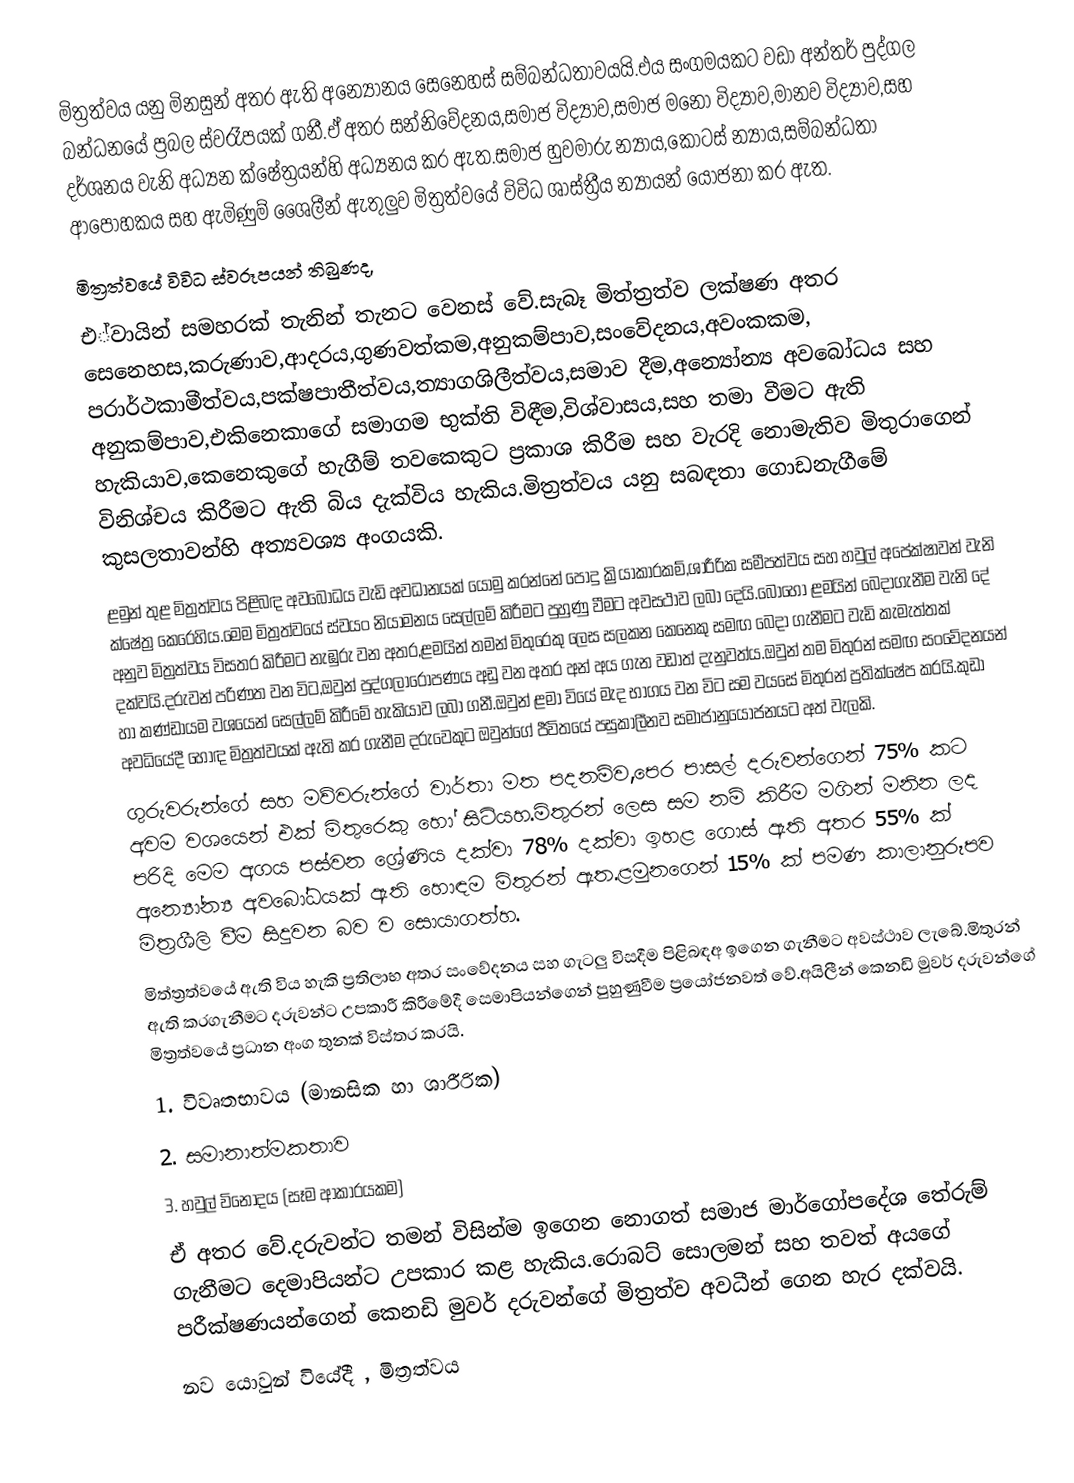
මිත්‍රත්වය යනු මිනසුන් අතර ඇති අන්‍යෝනය ‍සෙනෙහස්  සම්බන්ධතාවයයි.එය සංගමයකට වඩා අන්තර් පුද්ගල බන්ධන‍යේ ප්‍රබල ස්වරෑපයක් ගනී.ඒ අතර සන්නිවේදනය,සමාජ විද්‍යාව,සමාජ මනෝ විද්‍යාව,මානව විද්‍යාව,සහ දර්ශනය වැනි අධ්‍යන ක්ෂේත්‍රයන්හි අධ්‍යනය කර ඇත.සමාජ හුවමාරු න්‍යාය,කොටස් න්‍යාය,සම්බන්ධතා ආපෝහකය සහ ඇමිණුම් ‍ශෛලීන් ඇතුලුව මිත්‍රත්වයේ විවිධ ශාස්ත්‍රීය න්‍යායන් යෝජනා කර ඇත.
මිත්‍රත්වයේ විවිධ ස්වරූපයන් තිබුණද,
එ්වා‍යින් සමහරක් තැනින් තැනට වෙනස් වේ.සැබෑ මිත්ත්‍රත්ව ලක්ෂණ අතර සෙනෙහස,කරුණාව,ආදරය,ගුණවත්කම,අනුකම්පාව,සංවේදනය,අවංකකම, පරාර්ථකාමීත්වය,පක්ෂපාතීත්වය,ත්‍යාගශිලීත්වය,සමාව දීම,අන්‍යෝන්‍ය අව‍බෝධය සහ අනුකම්පාව,එකිනෙකාගේ සමාගම භුක්ති විඳීම,විශ්වාසය,සහ තමා වීමට ඇති හැකියාව,කෙනෙකුගේ හැගීම් තවකෙකුට ප්‍රකාශ කිරීම සහ වැරදි නොමැතිව මිතුරා‍ගෙන් විනිශ්චය කිරීමට ඇති බිය දැක්විය හැකිය.මිත්‍රත්වය යනු සබඳතා ගොඩනැගීමේ කුසලතාවන්හි අත්‍යවශ්‍ය අංගයකි.
ළමුන් තුළ මිත්‍රත්වය පිළිබඳ අවබෝධය වැඩි අවධානයක් යොමු කරන්නේ පොදු ක්‍රියාකාරකම්,ශාරීරික සමීපත්වය සහ හවුල් අපේක්ෂාවන් වැනි ක්ෂේත්‍ර කෙරෙහිය.මෙම මිත්‍රත්වයේ ස්වයං නියාමනය සෙල්ලම් කිරීමට පුහුණු වීමට අවසථාව ලබා දෙයි.බොහෝ ළමයින් බෙදාගැනීම වැනි දේ අනුව මිත්‍රත්වය විසතර කිරීම‍ට නැඹුරු වන අතර,ළමයින් තමන් මිතුරෙකු ලෙස සලකන කෙනෙකු සමඟ බෙදා ගැනීමට වැඩි කැමැත්තක් දක්වයි.දරුවන් පරිණත වන විට,‍ඔවුන් පුද්ගලාරෝපණය අඩු වන අතර අන් අය ගැන වඩාත් දැනුවත්ය.ඔවුන් තම මිතුරන් සමඟ සංවේදනයන් හා කණ්ඩායම වශයෙන් සෙල්ලම් කිරීමේ හැකියාව ලබා ගනී.ඔවුන් ළමා වියේ මැද භාගය වන විට සම වයසේ මිතුරන් ප්‍රතික්ෂේප කරයි.කුඩා අවධියේදී හොඳ මිත්‍රත්වයක් ඇති කර ගැනීම දරුවෙකුට ඔවුන්ගේ ජීවිතයේ පසුකාලීනව සමාජ‍ානු‍යෝජනයට අත් වැලකි.
ගුරුවරුන්ගේ සහ මව්වරුන්ගේ වාර්තා මත පදනම්ව,පෙර පාසල් දරුවන්ගෙන් 75% කට අවම වශයෙන් එක් මිතුරෙකු හෝ සිටියහ.මිතුරන් ලෙස සම නම් කිරීම මගින් මනින ලද පරිදි මෙම අගය පස්වන ශ්‍රේණිය දක්වා 78% දක්වා ඉහළ ගොස් ඇති අතර 55% ක්  අන්‍යෝන්‍ය අවබෝධයක් ඇති හොඳම මිතුරන් ඇත.ළමුනගෙන් 15% ක් පමණ කාලානුරූපව මිත්‍රශීලි වීම සිදුවන බව ව සොයාගත්හ.
මිත්ත්‍රත්වයේ ඇති විය හැකි ප්‍රතිලාභ අතර සංවේදනය සහ ගැටලු විසදීම පිළිබඳඅ ඉගෙන ගැනීමට අවස්ථාව ලැබේ.මිතුරන් ඇති කරගැනීමට දරුවන්ට උපකාරී කිරීමේදී ‍සෙමාපියන්ගෙන් පුහුණුවීම ප්‍ර‍යෝජනවත් වේ.අයිලීන් කෙනඩි මුවර් දරුවන්ගේ මිත්‍රත්වයේ ප්‍රධාන අංග තුනක් විස්තර කරයි.
1.	විවෘතභාවය (මානසික හා ශාරීරික)
2.	සමානාත්මකතාව
3.	හවුල් විනෝදය (සෑම ආකාරයකම)
ඒ අතර වේ.දරුවන්ට තමන් විසින්ම ඉගෙන නොගත් සමාජ මාර්ගෝපදේශ තේරුම් ගැනීමට දෙමාපියන්ට උපකාර කළ හැකිය.රොබට් සොලමන් සහ තවත් අයගේ පරීක්ෂණයන්ගෙන්  කෙනඩි මුවර්  දරුවන්ගේ මිත්‍රත්ව අවධීන් ගෙන හැර දක්වයි.
නව යොවුන් වියේදී , මිත්‍රත්වය